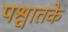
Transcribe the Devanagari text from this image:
पश्चातके